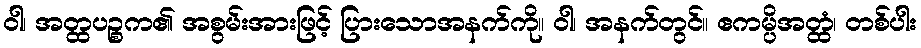
ဝါ၊ အတ္ထပဉ္စက၏ အစွမ်းအားဖြင့် ပြားသောအနက်ကို။ ဝါ၊ အနက်တွင်။ ဧကမ္ပိအတ္ထံ၊ တစ်ပါး